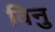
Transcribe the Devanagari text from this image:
विनु